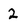
Character: 2